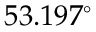
5 3 . 1 9 7 ^ { \circ }